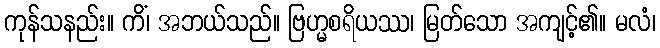
ကုန်သနည်း။ ကိံ၊ အဘယ်သည်။ ဗြဟ္မစရိယဿ၊ မြတ်သော အကျင့်၏။ မလံ၊